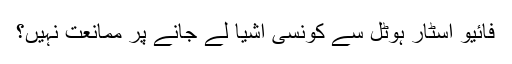
فائیو اسٹار ہوٹل سے کونسی اشیا لے جانے پر ممانعت نہیں؟